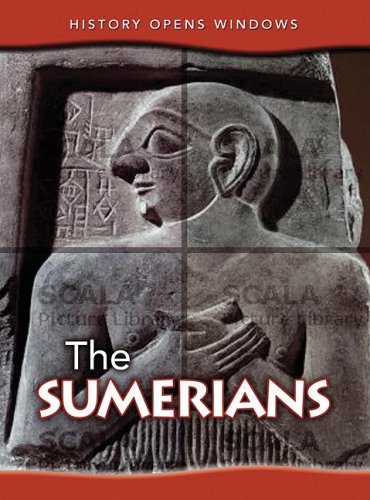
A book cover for The Sumerians (History Opens Windows); Jane Shuter; History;